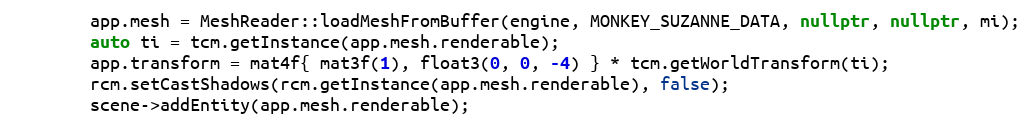
Language: C++
        app.mesh = MeshReader::loadMeshFromBuffer(engine, MONKEY_SUZANNE_DATA, nullptr, nullptr, mi);
        auto ti = tcm.getInstance(app.mesh.renderable);
        app.transform = mat4f{ mat3f(1), float3(0, 0, -4) } * tcm.getWorldTransform(ti);
        rcm.setCastShadows(rcm.getInstance(app.mesh.renderable), false);
        scene->addEntity(app.mesh.renderable);